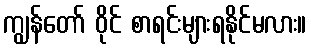
ကျွန်တော် ဝိုင် စာရင်းများရနိုင်မလား။